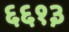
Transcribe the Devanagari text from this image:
६६१३